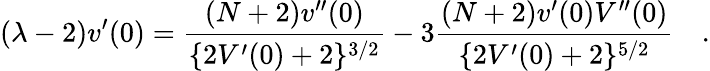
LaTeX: (\lambda-2)v^{\prime}(0)=\frac{(N+2)v^{\prime\prime}(0)}{\{ 2V^{\prime}(0)+2\} ^{3/2}}-3\frac{(N+2)v^{\prime}(0)V^{\prime\prime}(0)}{\{ 2V^{\prime}(0)+2\} ^{5/2}}\quad.